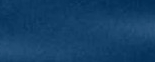
جسر خاص